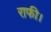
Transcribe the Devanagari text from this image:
राफी।